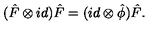
( \hat { F } \otimes i d ) \hat { F } = ( i d \otimes { \hat { \phi } } ) \hat { F } .